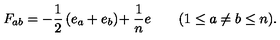
F _ { a b } = - { \frac { 1 } { 2 } } \left( e _ { a } + e _ { b } \right) \! + { \frac { 1 } { n } } e \qquad ( 1 \leq a \neq b \leq n ) .